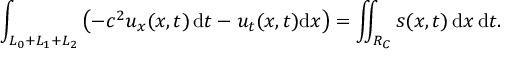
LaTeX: \int _ { L _ { 0 } + L _ { 1 } + L _ { 2 } } \left( - c ^ { 2 } u _ { x } ( x , t ) \, \mathrm { d } t - u _ { t } ( x , t ) \mathrm { d } x \right) = \iint _ { R _ { C } } s ( x , t ) \, \mathrm { d } x \, \mathrm { d } t .